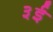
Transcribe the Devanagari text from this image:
३ई